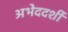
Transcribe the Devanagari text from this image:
अभेददर्शी